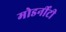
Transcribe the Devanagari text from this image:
मोडर्नीटी